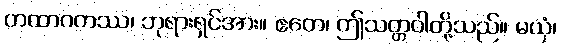
တထာဂတဿ၊ ဘုရားရှင်အား။ ဧတေ၊ ဤသတ္တဝါတို့သည်။ မယှံ၊